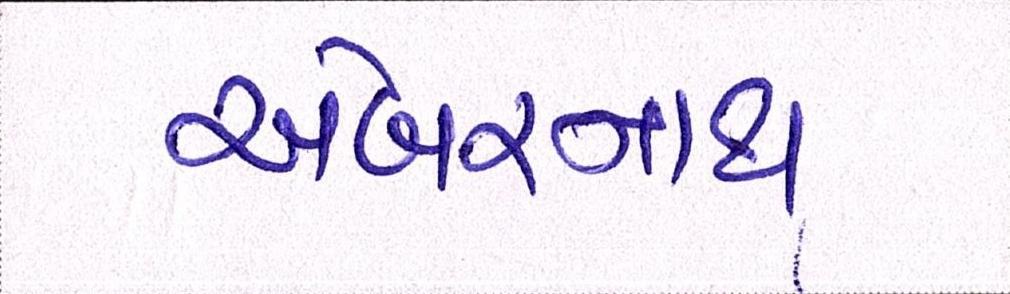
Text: અંબરનાથ